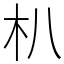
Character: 朳